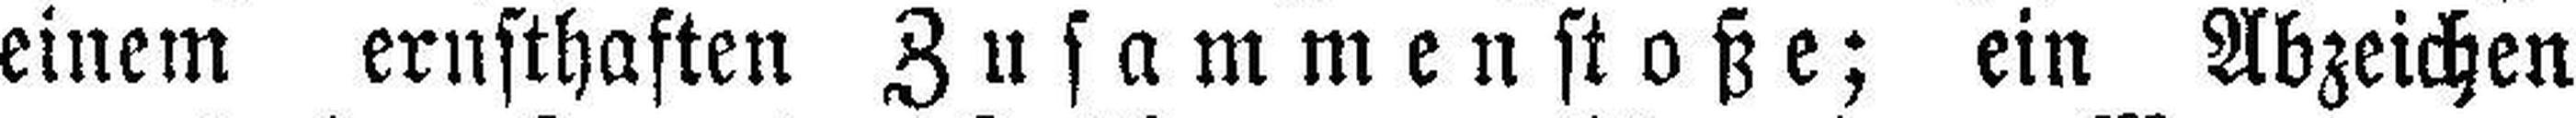
einem ernsthaften Zusammenstoße; ein Abzeichen